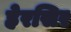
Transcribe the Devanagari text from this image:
हेरसिर